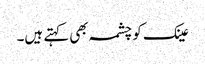
عینک کو چشمہ بھی کہتے ہیں۔